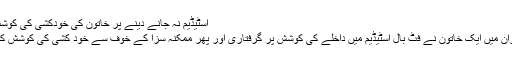
اسٹیڈیم نہ جانے دینے پر خاتون کی خودکشی کی کوشش
ايران ميں ايک خاتون نے فٹ بال اسٹيڈيم ميں داخلے کی کوشش پر گرفتاری اور پھر ممکنہ سزا کے خوف سے خود کشی کی کوشش کی۔